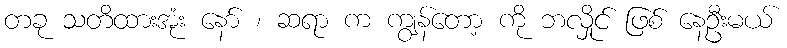
တခု သတိထားအုံး နော် ၊ ဆရာ က ကျွန်တော့ ကို ဘလှိုင် ဖြစ် နေဦးမယ်